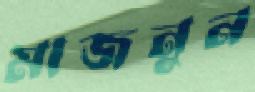
মাজনুন